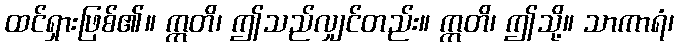
ထင်ရှားဖြစ်၏။ ဣတိ၊ ဤသည်လျှင်တည်း။ ဣတိ၊ ဤသို့။ သာကာရံ၊